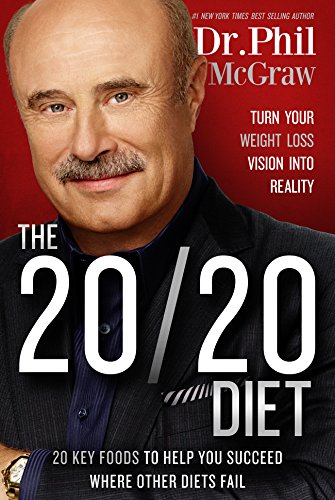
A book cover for The 20/20 Diet: Turn Your Weight Loss Vision Into Reality; Phil McGraw; Health, Fitness & Dieting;